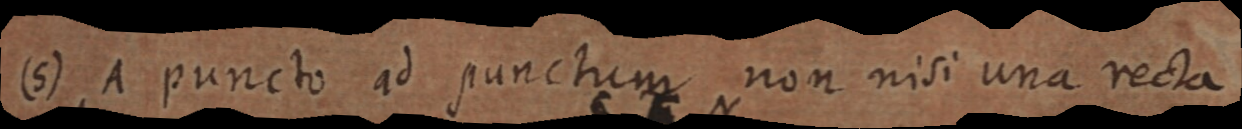
(5) A puncto ad punctum non nisi una recta